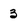
Character: 3